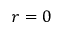
r = 0